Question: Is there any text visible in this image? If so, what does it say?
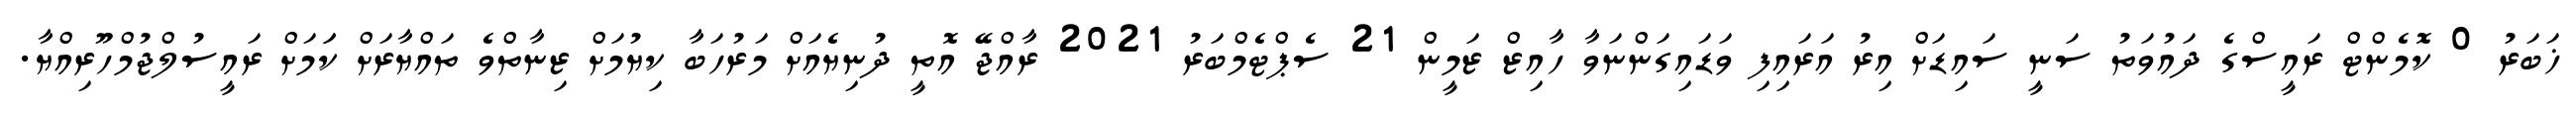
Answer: ޚަބަރު 0 ކޮމެންޓް ރައީސްގެ ދައުވަތު ސަނީ ސައިޑަށް އިރު އަރައިފި ވަޑައިގަންނަވާ ހާއިޒް ޒަމީން 21 ސެޕްޓެމްބަރު 2021 ރާއްޖޭ އޮތީ ދުނިޔެއަށް މަރުހަބާ ކިޔުމަށް ޒިނާތްވެ ތައްޔާރަށް ކަަމަށް ރައީސުލްޖުމްހޫރިއްޔާ.